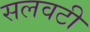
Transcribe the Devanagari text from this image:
सलवटी